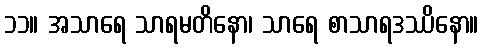
၁၁။ အသာရေ သာရမတိနော၊ သာရေ စာသာရဒဿိနော။